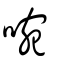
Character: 啘